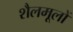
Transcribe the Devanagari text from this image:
शैलमूलों